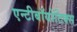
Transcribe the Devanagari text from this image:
एन्टीबॉयोटिक्स